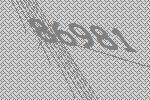
86981